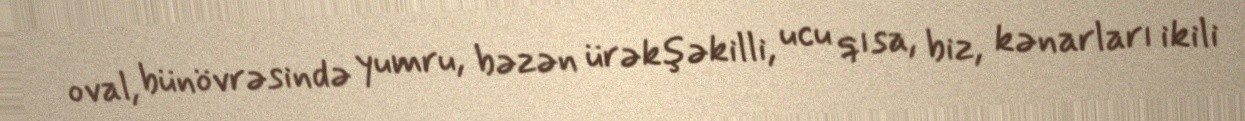
oval, bünövrəsində yumru, bəzən ürəkşəkilli, ucu qısa, biz, kənarları ikili